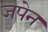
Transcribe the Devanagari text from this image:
जपेन